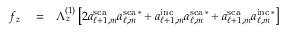
\begin{array} { r l r } { f _ { z } } & { { } = } & { \Lambda _ { z } ^ { ( 1 ) } \left[ 2 a _ { \ell + 1 , m } ^ { \mathrm { s c a } } a _ { \ell , m } ^ { \mathrm { s c a } \, * } + a _ { \ell + 1 , m } ^ { \mathrm { i n c } } a _ { \ell , m } ^ { \mathrm { s c a } \, * } + a _ { \ell + 1 , m } ^ { \mathrm { s c a } } a _ { \ell , m } ^ { \mathrm { i n c } \, * } \right] } \end{array}